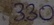
Text: 330